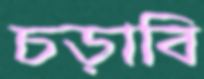
চড়াবি